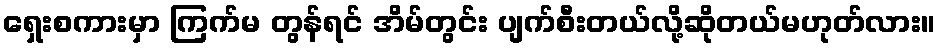
ရှေးစကားမှာ ကြက်မ တွန်ရင် အိမ်တွင်း ပျက်စီးတယ်လို့ဆိုတယ်မဟုတ်လား။